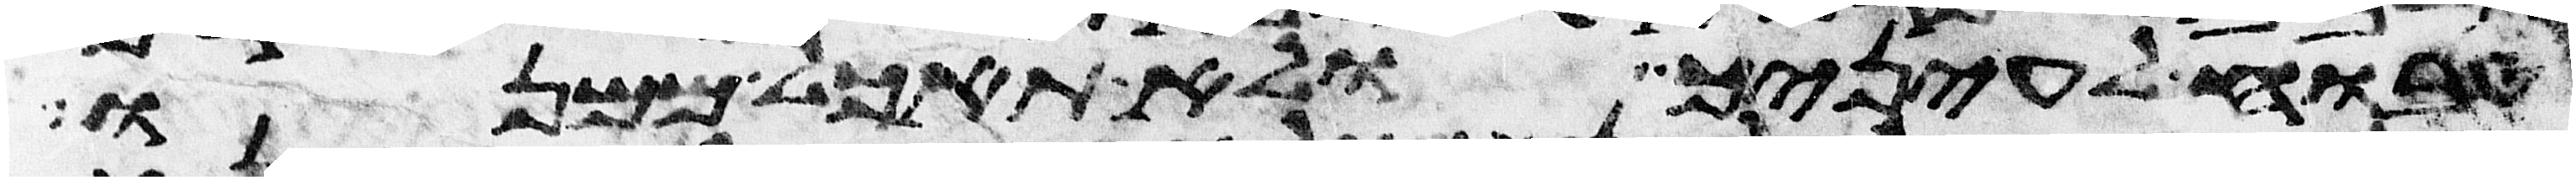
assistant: טבוח לעיניך ולא תאכל ממנו